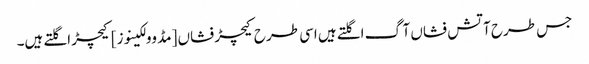
جس طرح آتش فشاں آگ اگلتے ہیں اسی طرح کیچڑ فشاں [مڈ وولکینوز] کیچڑ اگلتے ہیں۔